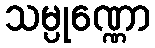
သမ္ပုဏ္ဏော